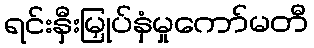
ရင်းနှီးမြှုပ်နှံမှုကော်မတီ